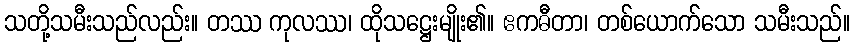
သတို့သမီးသည်လည်း။ တဿ ကုလဿ၊ ထိုသဋ္ဌေးမျိုး၏။ ဧကဓီတာ၊ တစ်ယောက်သော သမီးသည်။